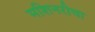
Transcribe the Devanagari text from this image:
मशिनरीचा